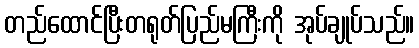
တည်ထောင်ပြီးတရုတ်ပြည်မကြီးကို အုပ်ချုပ်သည်။